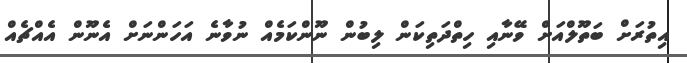
އިތުރަށް ބަތޫލްއަށް ވޭނާއި ހިތްދަތިކަން ލިބުން ނޫންކަމެއް ނުވާނެ އަހަންނަށް އެނޫން އެއްޗެއް